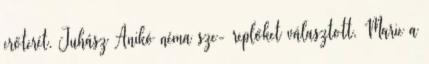
erőterét. Juhász Anikó néma sze- replőket választott, Marie a